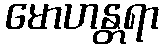
မောဟန္တရာ